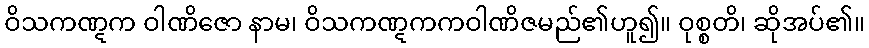
ဝိသကဏ္ဋက ဝါဏိဇော နာမ၊ ဝိသကဏ္ဋကကဝါဏိဇမည်၏ဟူ၍။ ဝုစ္စတိ၊ ဆိုအပ်၏။